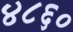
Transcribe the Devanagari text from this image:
४८६०